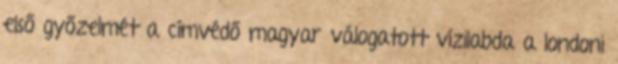
első győzelmét a címvédő magyar válogatott vízilabda a londoni